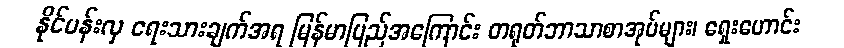
နိုင်ပန်းလှ ရေးသားချက်အရ မြန်မာပြည်အကြောင်း တရုတ်ဘာသာစာအုပ်များ၊ ရှေးဟောင်း